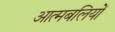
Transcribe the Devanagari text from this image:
आत्मबलियों